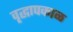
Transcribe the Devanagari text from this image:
वृद्धापकाळ